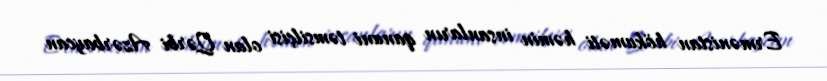
Ermənistan hökuməti həmin insanların qanuni təmsilçisi olan Qərbi Azərbaycan